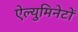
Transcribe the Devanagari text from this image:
ऐल्युमिनेटों